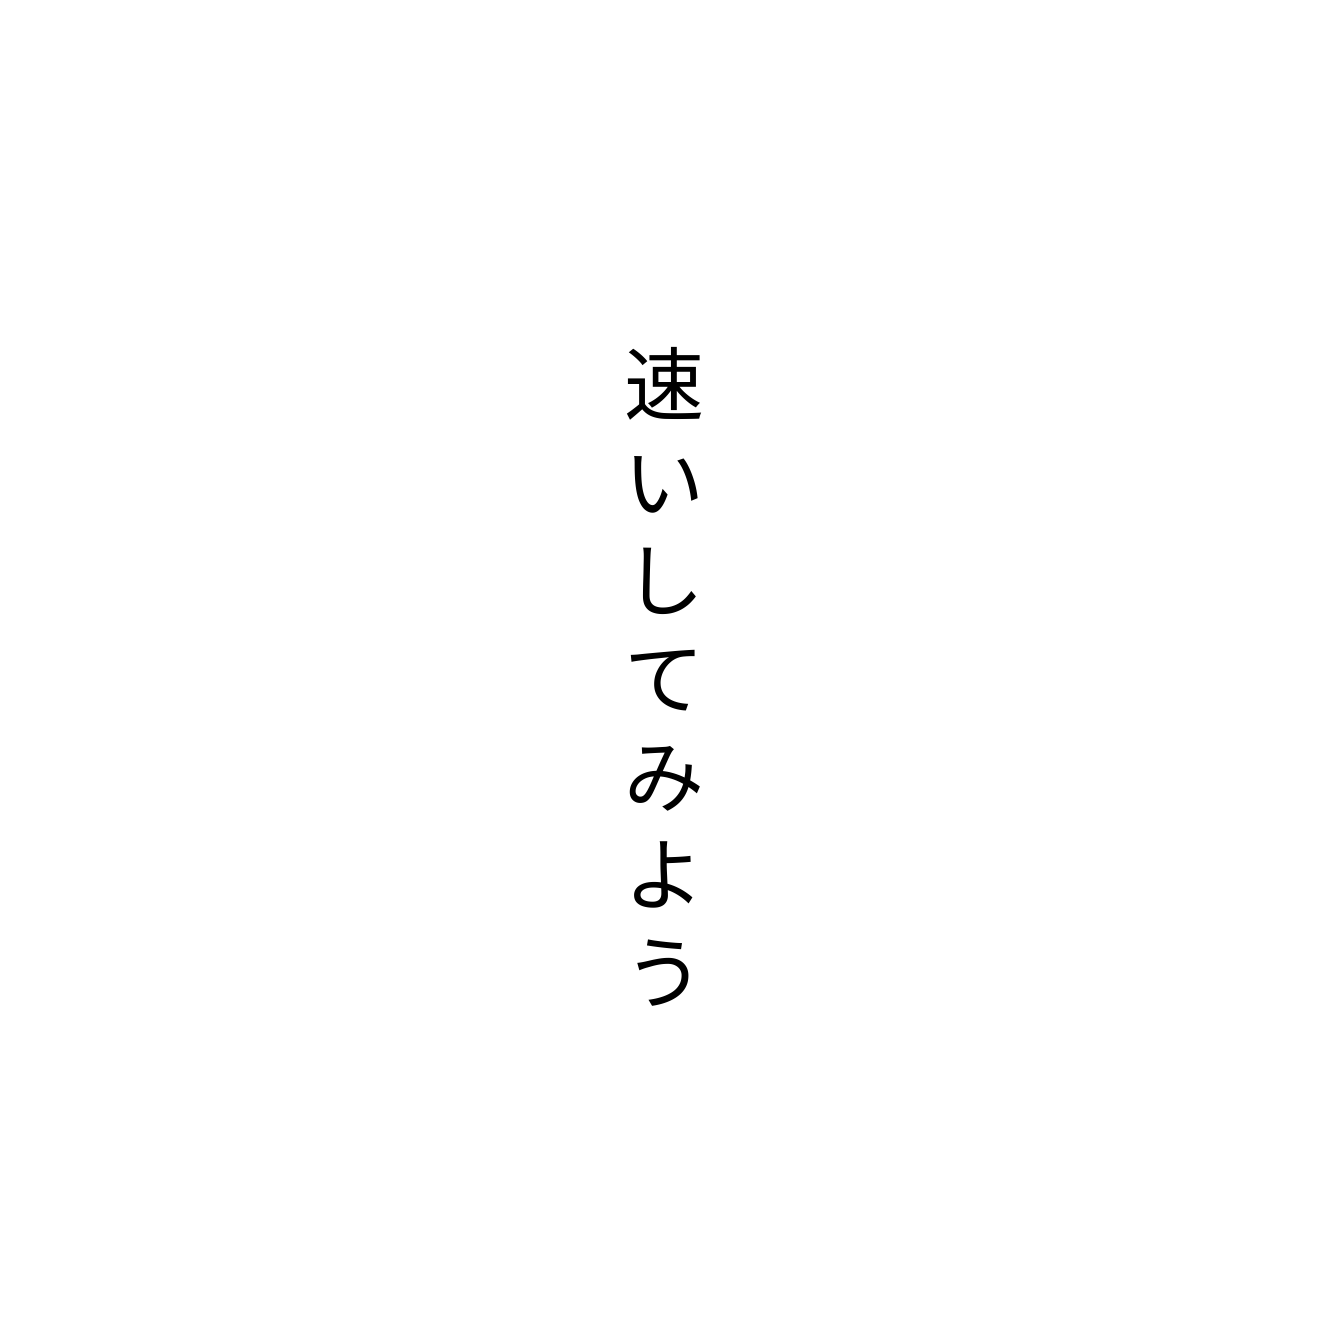
速いしてみよう